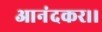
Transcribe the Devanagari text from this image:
आनंदकर।।